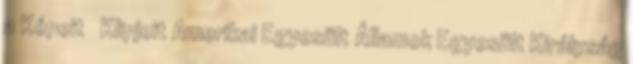
a Képeit Klipjeit Amerikai Egyesült Államok Egyesült Királyság